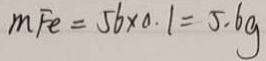
m F e = 5 6 \times 0 . 1 = 5 . 6 g